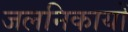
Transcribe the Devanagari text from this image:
जलनिकायों